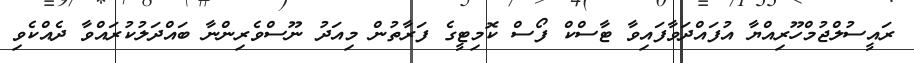
ރައީސުލްޖުމްހޫރިއްޔާ އުފައްދަވާފައިވާ ޓާސްކް ފޯސް ކޮމިޓީގެ ފަރާތުން މިއަދު ނޫސްވެރިންނާ ބައްދަލުކުރައްވާ ދެއްކެވި